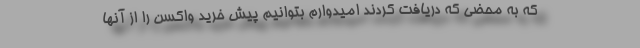
که به محضی که دریافت کردند امیدوارم بتوانیم پیش خرید واکسن را از آنها